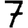
Digit: 7